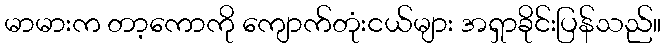
မာမားက တာ့ကောကို ကျောက်တုံးငယ်များ အရှာခိုင်းပြန်သည်။